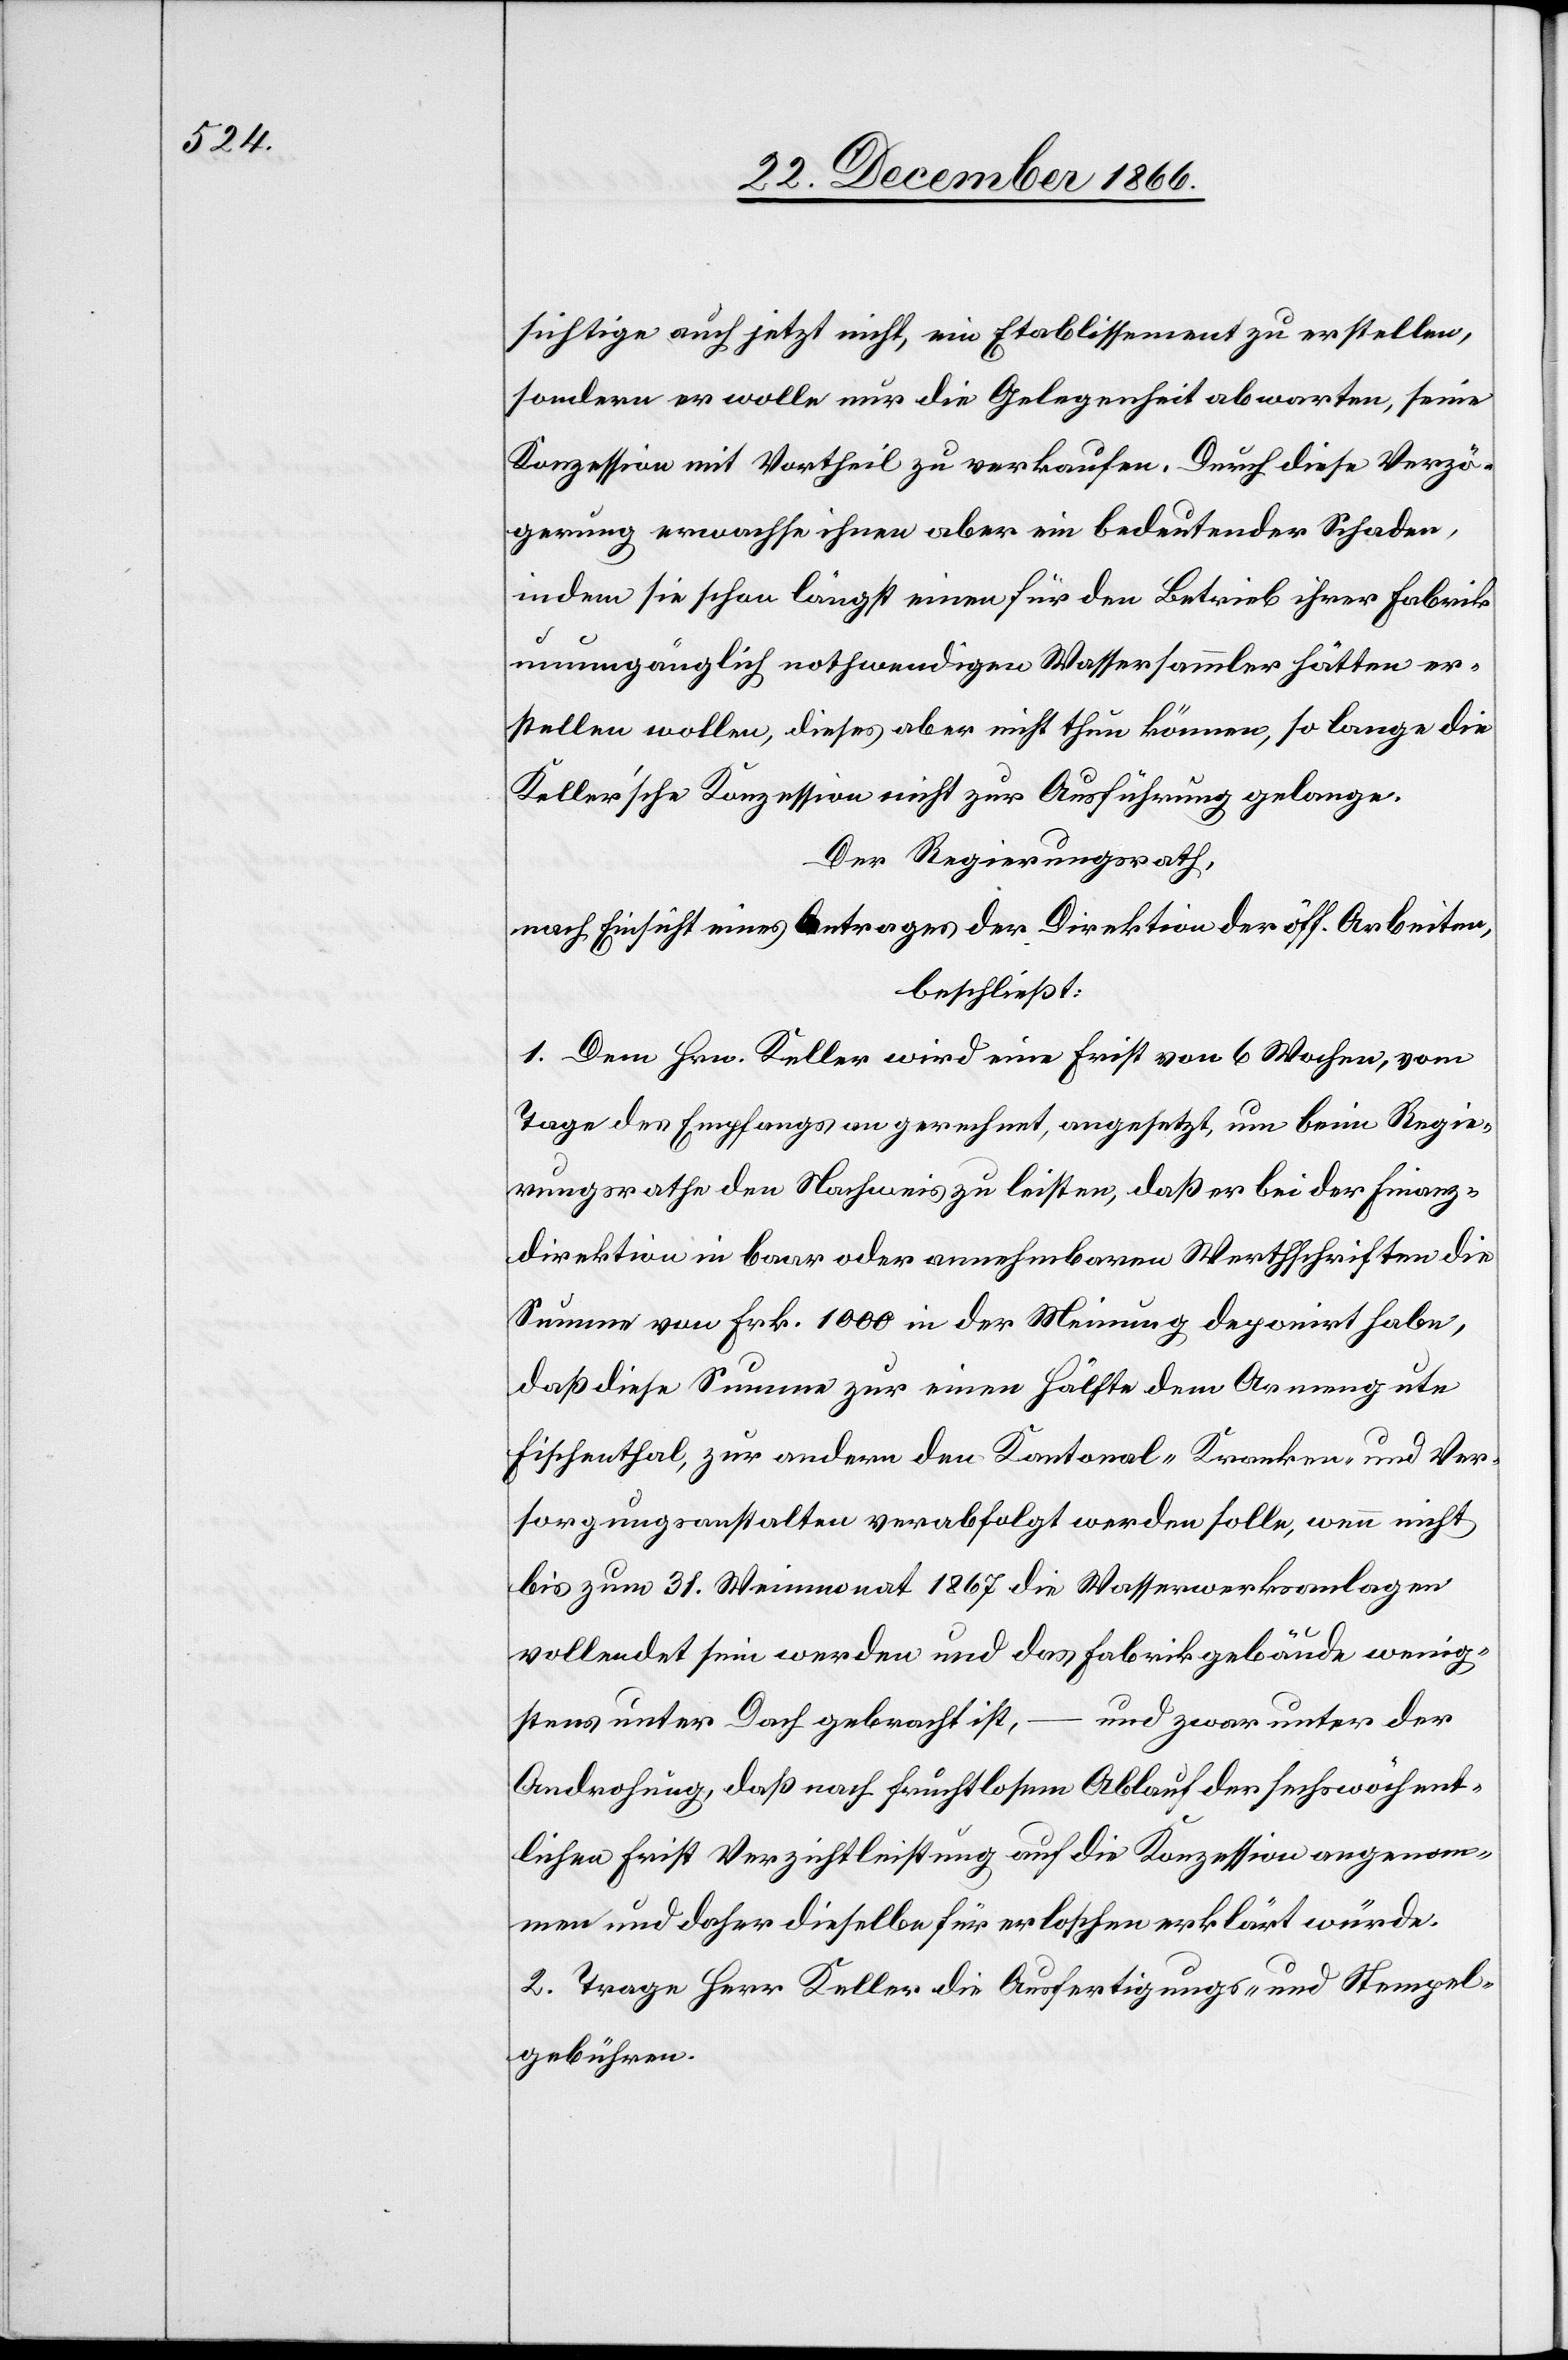
sichtige auch jetzt nicht, ein Etablissement zu erstellen,
sondern er wolle nur die Gelegenheit abwarten, seine
Konzession mit Vortheil zu verkaufen. Durch diese Verzö¬
gerung erwachse ihnen aber ein bedeutender Schaden,
indem sie schon längst einen für den Betrieb ihrer Fabrik
unumgänglich nothwendigen Wassersammler hätten er¬
stellen wollen, dieses aber nicht thun können, so lange die
Keller’sche Konzession nicht zur Ausführung gelange.
Der Regierungsrath,
nach Einsicht eines Antrages der Direktion der öff. Arbeiten,
beschließt:
1. Dem Hrn. Keller wird eine Frist von 6 Wochen, vom
Tage des Empfangs an gerechnet, angesetzt, um beim Regie¬
rungsrathe den Nachweis zu leisten, daß er bei der Finanz¬
direktion in baar oder annehmbaren Werthschriften die
Summe von Frk. 1000 in der Meinung deponirt habe,
daß diese Summe zur einen Hälfte dem Armengute
Fischenthal, zur andern den Kantonal-Kranken- und Ver¬
sorgungsanstalten verabfolgt werden solle, wenn nicht
bis zum 31. Weinmonat 1867 die Wasserwerksanlagen
vollendet sein werden und das Fabrikgebäude wenig¬
–
und zwar unter der
stens unter Dach gebracht ist,
Androhung, daß nach fruchtlosem Ablauf der sechswöchent¬
lichen Frist Verzichtleistung auf die Konzession angenom¬
men und daher dieselbe für erloschen erklärt würde.
2. Trage Herr Keller die Ausfertigungs- und Stempel¬
gebühren.